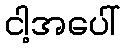
ငါ့အပေါ်